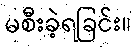
မစီးခဲ့ရခြင်း။